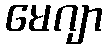
မေဂျာ